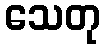
သေတု